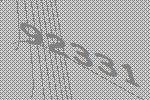
92331